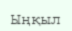
Ыңқыл